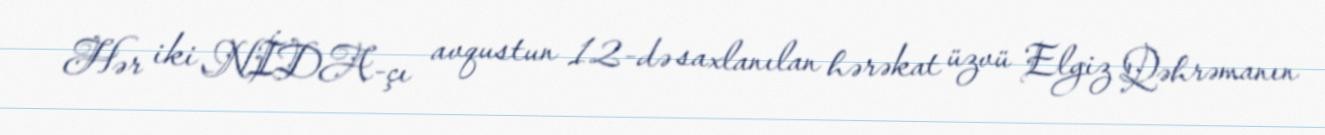
Hər iki NİDA-çı avqustun 12-də saxlanılan hərəkat üzvü Elgiz Qəhrəmanın